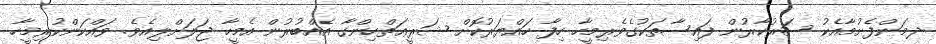
ދމަންފެށުމާއެކު ސަރުކާރުން ފައިސާތަކުގެވެރިމީހާ ހިފާ ހައްޔަރުކޮށް ޝަރީޢަތްހިންގާ އެއްބުރުން އެމީހާ ޖަލަށްލިއެވެ. ވައްކަންކުރިމީހާ